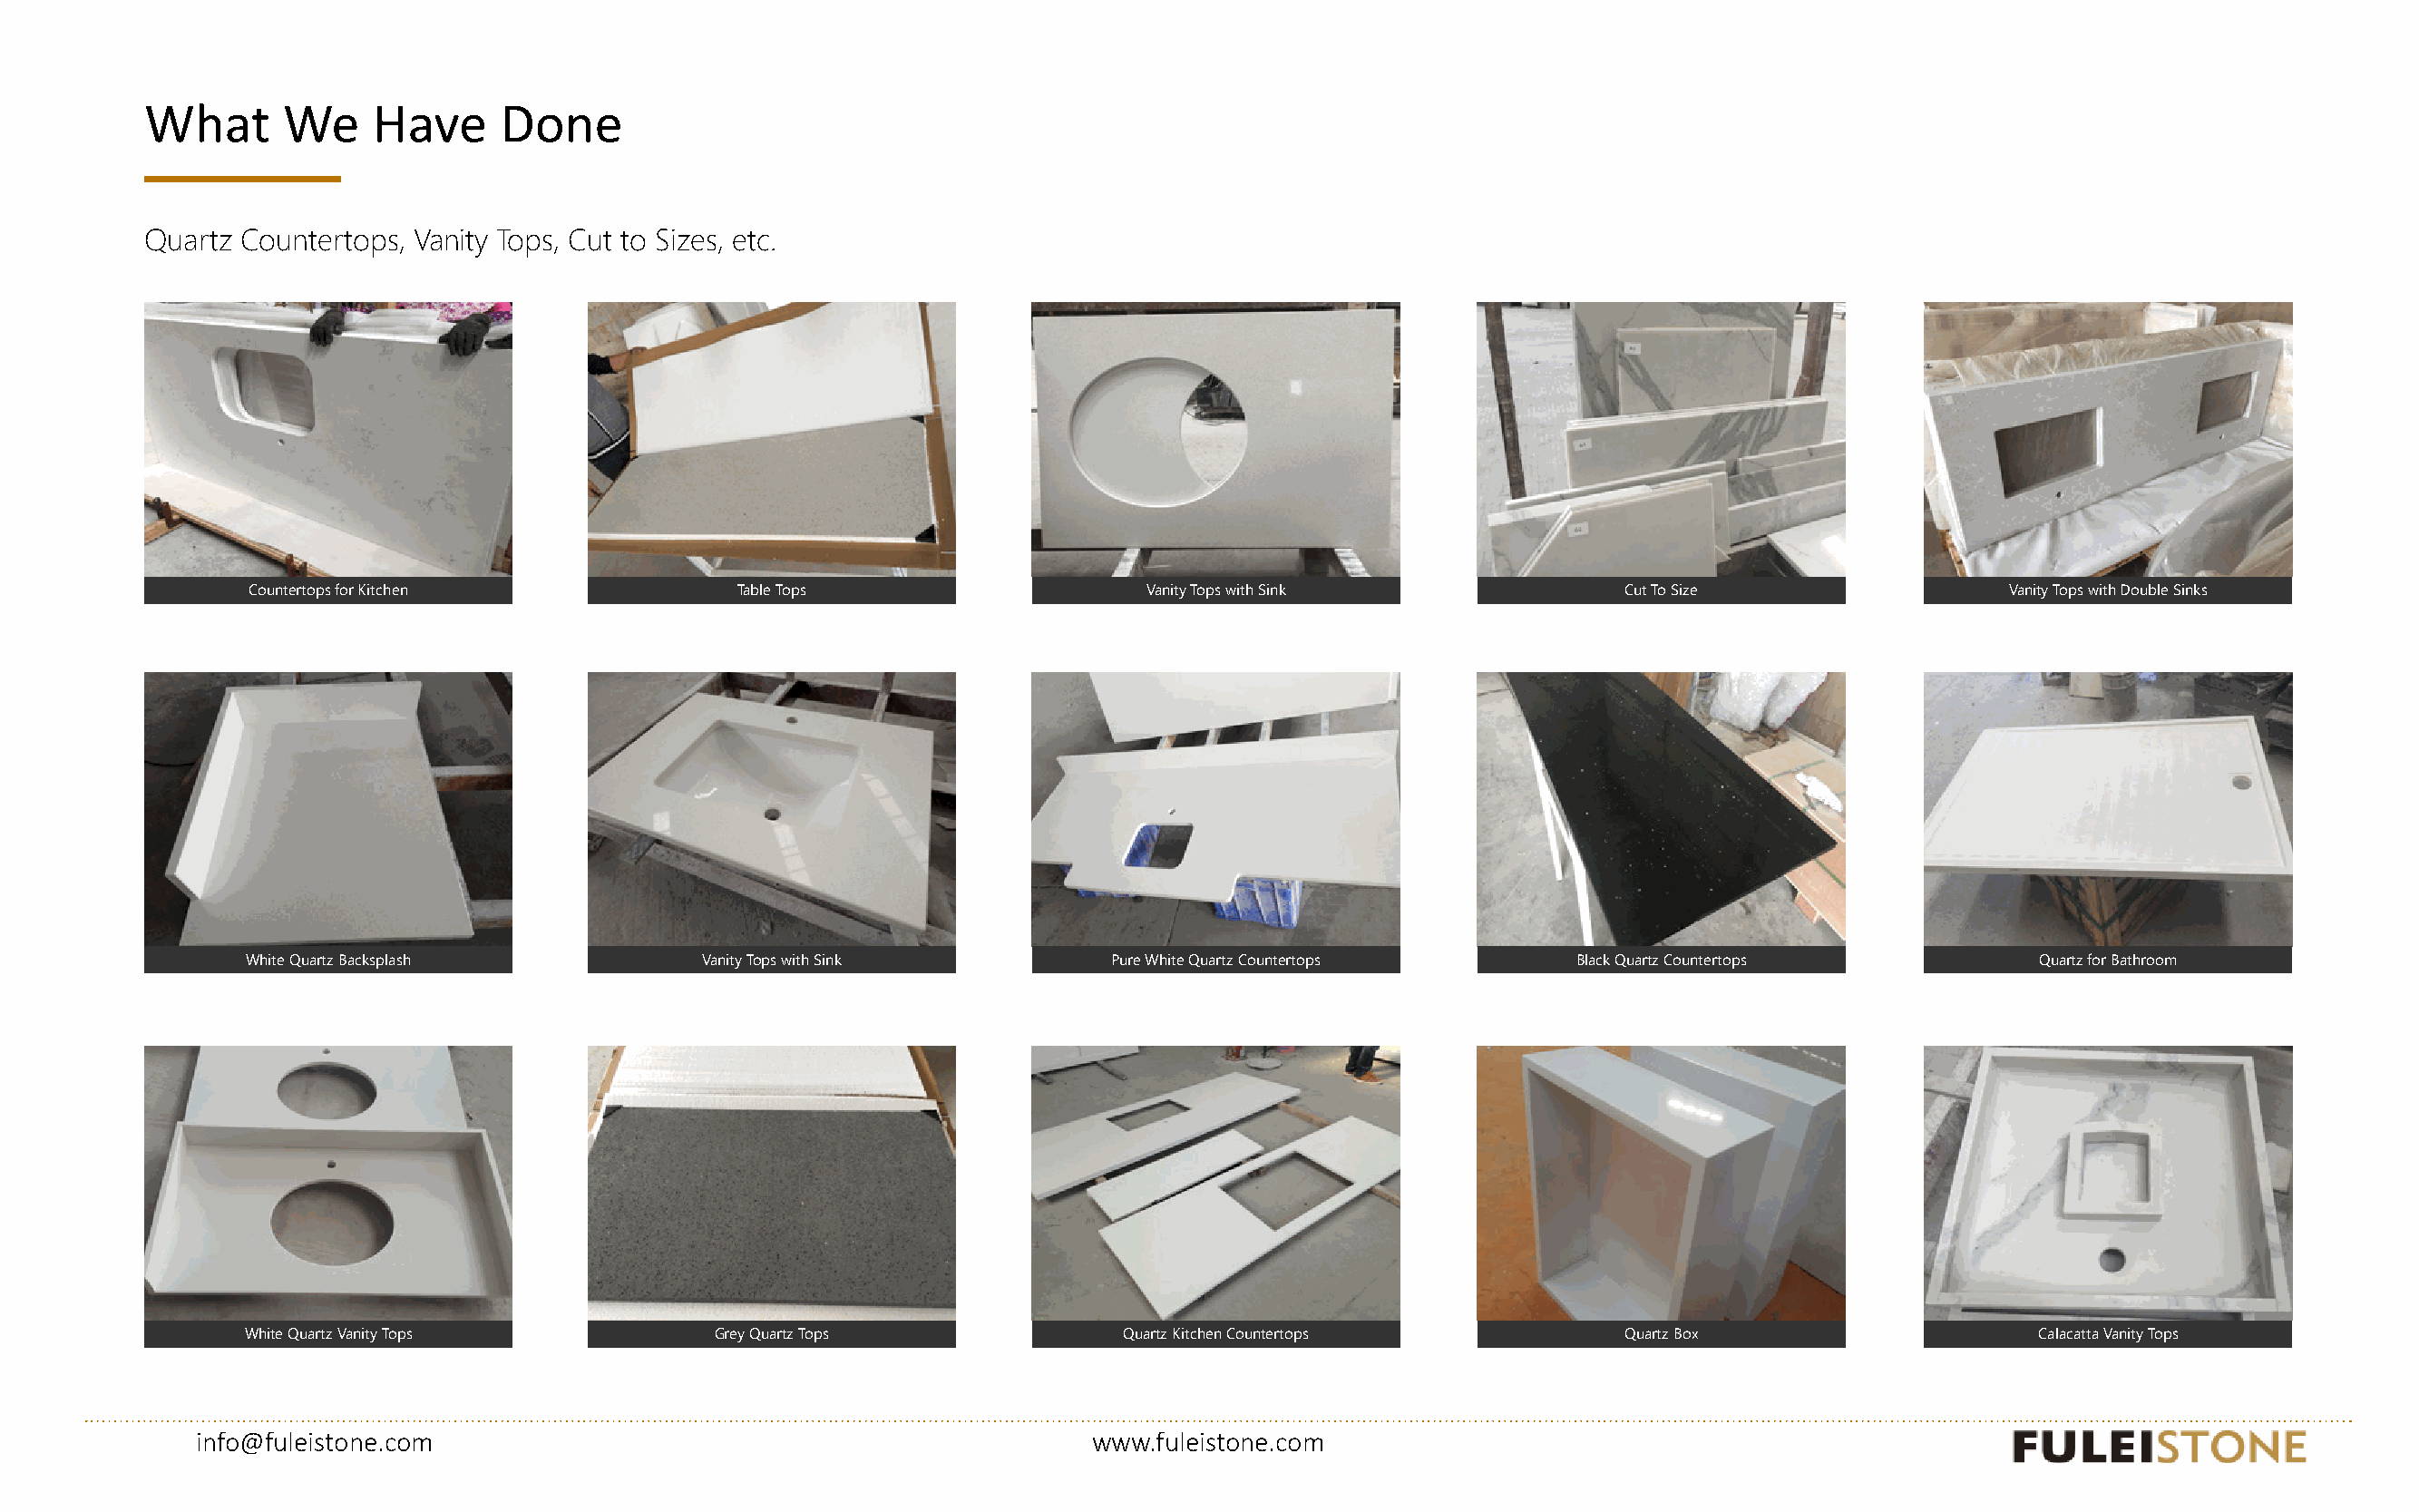
www.fuleistone.com
 What      We    Have     Done
 Quartz Countertops, Vanity Tops, Cut to Sizes, etc.
 Countertops for Kitchen             Table Tops                    Vanity Tops with Sink              Cut To Size                 Vanity Tops with Double Sinks
 White Quartz Backsplash          Vanity Tops with Sink         Pure White Quartz Countertops     Black Quartz Countertops          Quartz for Bathroom
 White Quartz Vanity Tops          Grey Quartz Tops              Quartz Kitchen Countertops           Quartz Box                    Calacatta Vanity Tops
 info@fuleistone.com                                               www.fuleistone.com